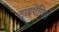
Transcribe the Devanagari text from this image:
ट्राइऐंगिल